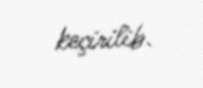
keçirilib.